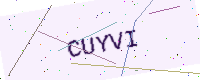
Text: CUYVI